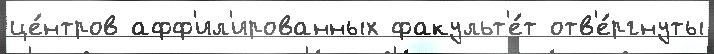
це́нтров афф'ил'ированных факульт'е́т отв'е́ргнуты